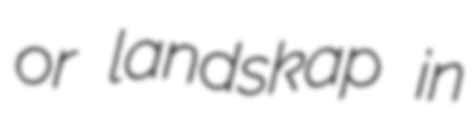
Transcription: or landskap in